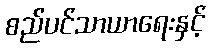
စည်ပင်သာယာရေးနှင့်